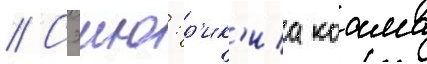
// Сэию: р'ик'иа коама